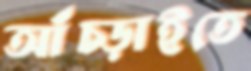
আঁচ্‌ড়াইতে